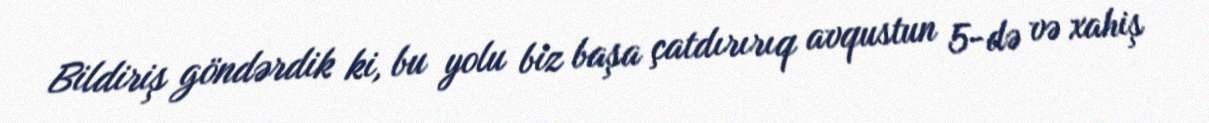
Bildiriş göndərdik ki, bu yolu biz başa çatdırırıq avqustun 5-də və xahiş